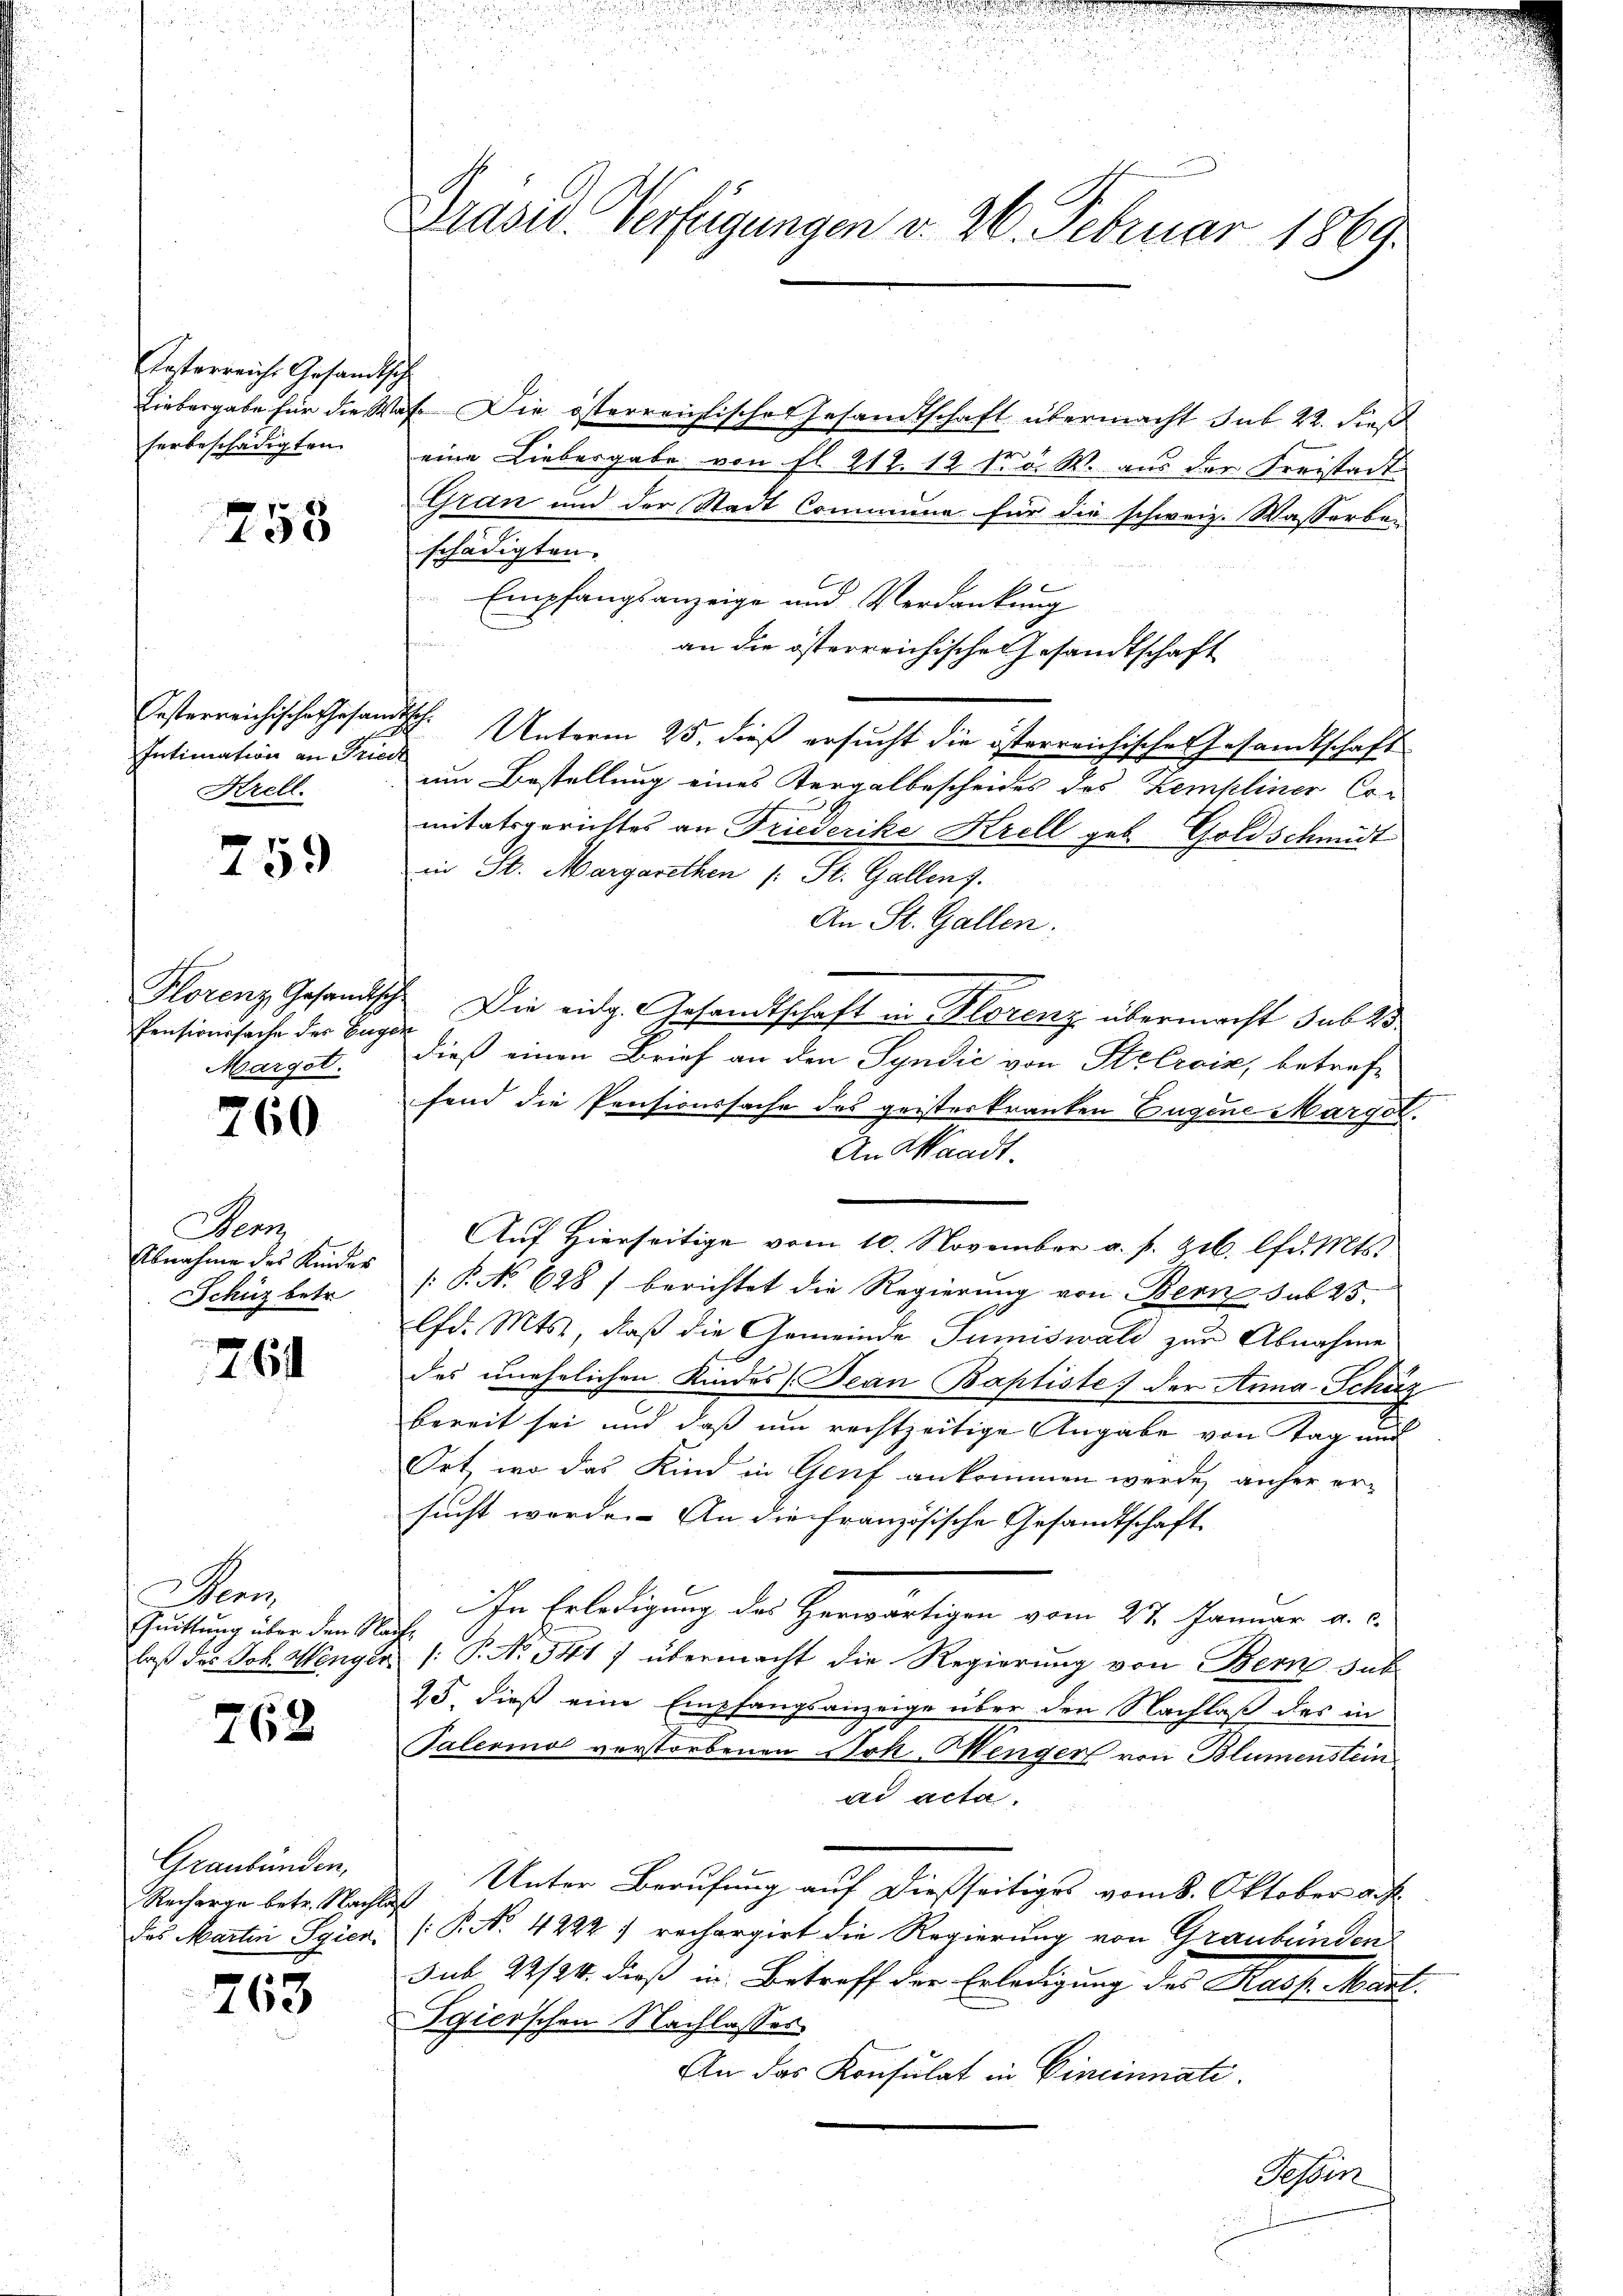
Uesterreiche Gesandtsch
herbeschädigten.

258

Intimation an Fried
Krell.

759

Pensionssache des Eugen
Margot.

260

Denn
Abnahme des Kinder
Schüz betr.

26

Aen
Quittung über den Re
laß des Joh. Menge

762

Graubünden,
Recharge betr. Nachlaß

763

Grasw. Verfügungen v. 26. Februar 1869.

Liebergabe für die Was Die österreichisches Gesandtschaft übermacht sub 22. dieß
eine Liebergabe von fl. 212. 12. No. W. aus der Freistadt
Gran und der Stadt Commune für die schweiz. Wasserbe-
schädigten.
Empfangsanzeige und Verdankung
an die österreichischen Gesandtschaft
Oesterreichische Gesandtsch. Unterm 25. dieß ersucht die österreichisches Gesandtschaft
um Bestellung eines Vergalbescheides des Zempliner Cor
mitatsgerichtes an Friederike Krell geb. Goldschmidt
in St. Margarethen (: St. Gallen.
An St. Gallen.
Florenz Gesandtsch. Die eidg. Gesandtschaft in Florenz übermacht sub 15
dieß einen Brief an den Syndić von Stebrais, betreffend die Pensionssache des geisterkranken Eugene Margol.
An Waadt.
Auf Hierseitige vom 10. November a. f. geb. lfd. Mts.
[P. No 628 / berichtet die Regierung von Bern sub 25.
lfd. Mts., daß die Gemeinde Sumiswald zur Abnahme
des unehelichen Kindes (Jean Baptiste der Anna Schäz
d
bereit sei und daß um rechtzeitige Angabe von Tag um
Ort, wo das Kind in Genf ankommen werde, anher ersucht werde. An die französische Gesandtschaft
In Erledigung des Herwärtigen vom 27. Januar a. c.
i
 /: P. No. 541) übermacht die Regierung von Bern sub
25. dieß eine Empfangsanzeige über den Nachlaß des in
Talermo verstorbenen Sok Menger von Blumenstein
ad acta.
Unter Berufung auf dießseitiges vom 8. Oktober auf
das Martin Seien. ( P. Nr. 4222) rechargirt die Regierung von Graubünden
sub 22/24. dieß in Betreff der Erledigung des Kasp. Mant
Egierschen Nachlasses
An das Konsulat in Cincinnate.
Pessen

a
u